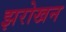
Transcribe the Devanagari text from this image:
झरोखन